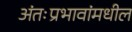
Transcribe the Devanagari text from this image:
अंतःप्रभावांमधील